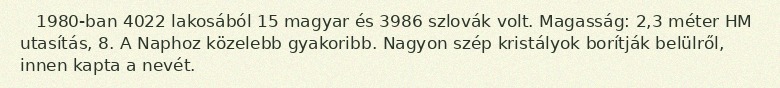
1980-ban 4022 lakosából 15 magyar és 3986 szlovák volt. Magasság: 2,3 méter HM utasítás, 8. A Naphoz közelebb gyakoribb. Nagyon szép kristályok borítják belülről, innen kapta a nevét.